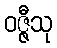
ဝဇ္ဇီသု